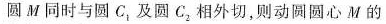
圆M同时与圆C_{1}，及圆C_{2}相外切，则动圆圆心M的